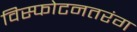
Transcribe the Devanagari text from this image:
विस्फोटनतरंग